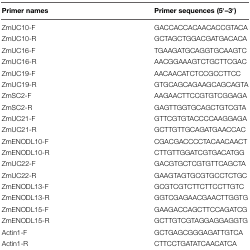
| Primer names | Primer sequences (5′–3′) |
 | --- | --- |
 | ZmUC10-F | GACCACCACAACACCGTACA |
 | ZmUC10-R | GCTAGCTGGACGATGACACA |
 | ZmUC16-F | TGAAGATGCAGGTGCAAGTC |
 | ZmUC16-R | AACGGAAAGTCTGCTTCGAC |
 | ZmUC19-F | AACAACATCTCCGCCTTCC |
 | ZmUC19-R | GTGCAGCAGAAGCAGCAGTA |
 | ZmSC2-F | AAGAACTTCCGTGTCGGAGA |
 | ZmSC2-R | GAGTTGGTGCAGCTGTCGTA |
 | ZmUC21-F | GTTCGTGTACCCCAAGGAGA |
 | ZmUC21-R | GCTTGTTGCAGATGAACCAC |
 | ZmENODL10-F | CGACGACCCCTACAACAACT |
 | ZmENODL10-R | CTTGTTGGATCGTGACATGG |
 | ZmUC22-F | GACGTGCTCGTGTTCAGCTA |
 | ZmUC22-R | GAAGTAGTGCGTGCCTCTGC |
 | ZmENODL13-F | GCGTCGTCTTCTTCCTTGTC |
 | ZmENODL13-R | GGTCGAGAACGAACTTGGTG |
 | ZmENODL15-F | GAAGACCAGCTTCCAGATCG |
 | ZmENODL15-R | GCTTGTCGTAGGAGGAGGTG |
 | Actin1-F | GCTGAGCGGGAGATTGTCA |
 | Actin1-R | CTTCCTGATATCAACATCA |